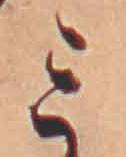
ミ